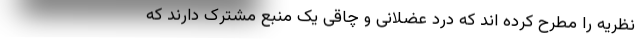
نظریه را مطرح کرده اند که درد عضلانی و چاقی یک منبع مشترک دارند که